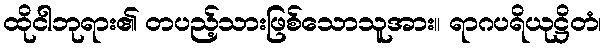
ထိုငါဘုရား၏ တပည့်သားဖြစ်သောသူအား။ ရာဂပရိယုဋ္ဌိတံ၊